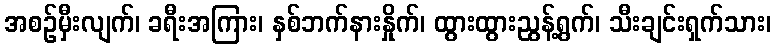
အစဉ်မှီးလျက်၊ ခရီးအကြား၊ နှစ်ဘက်နားနှိုက်၊ ထွားထွားညွန့်ရွက်၊ သီးချင်းရှက်သား၊